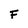
Character: F